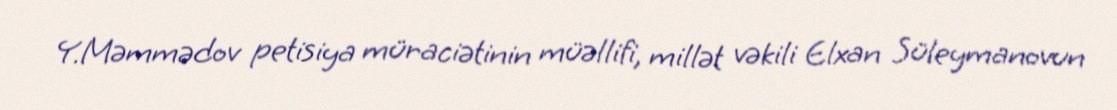
Y.Məmmədov petisiya müraciətinin müəllifi, millət vəkili Elxan Süleymanovun